Annual report of the Punjab Veterinary College and of the Civil Veterinary Department, Punjab - 1894-1908
Year: 1894
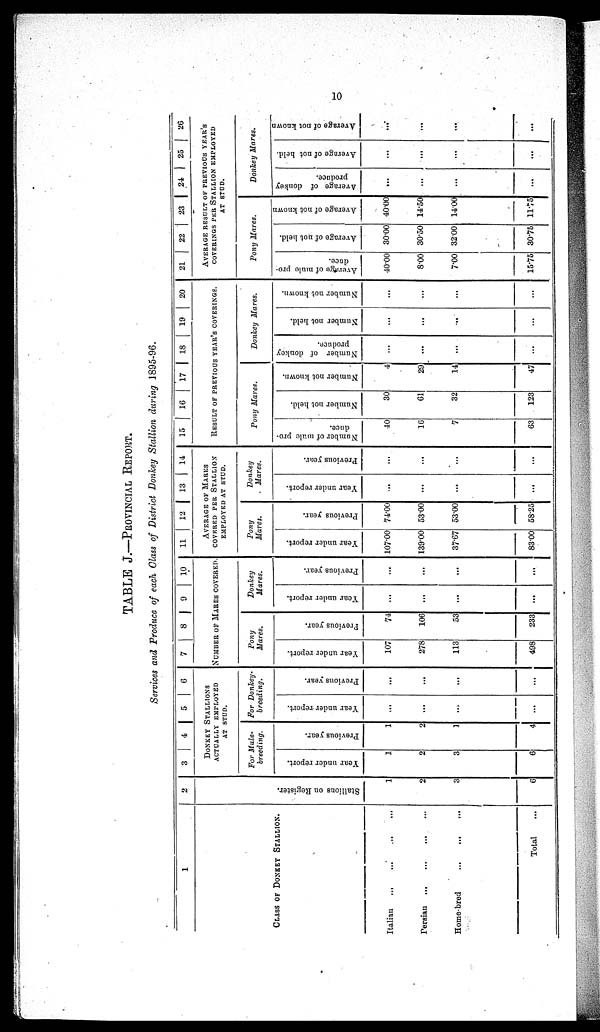
10
TABLE J.—PROVINCIAL REPORT.
Services and Produce of each Class of District Donkey Stallion during 1895-96.
1
CLASS OF DONKEY STALLION.
Italian
...
...
...
...
Persian ... ... ... ...
Home-bred
...
...
...
Total
2
3
4 5 6
DONKEY STALLIONS
ACTUALLY EMPLOYED
AT STUD.
Stallions on Register.
1
2
3
6
For Mule-
breeding.
Year under report.
1
2
3
6
Previous year.
1
2
1
4
For Donkey-
breeding.
Year under report.
...
...
...
...
Previous year.
...
...
...
...
7
8 9
10
NUMBER OF MARES COVERED.
Pony
Mares.
Year under report.
107
278
113
498
Previous year.
74
106
53
233
Donkey
Mares.
Year under report.
...
...
...
...
Previous year.
...
...
...
...
11
12 13 14
AVERAGE OF MARES
COVERED PER STALLION
EMPLOYED AT STUD.
Pony
Mares.
Year under report.
107.00
139.00
37.67
83.00
Previous year.
74.00
53.00
53.00
58.25
Donkey
Mares.
Year under report.
...
...
...
...
Previous year.
...
...
...
...
15
16
17
18
19
20
RESULT OF PREVIOUS YEAR'S COVERINGS.
Pony Mares.
Number of male pro-
duce.
40
16
7
63
Number not held.
30
61
32
123
Number not known.
4
29
14
47
Donkey Mares.
Number of donkey
produce.
...
...
...
...
Number not held.
...
...
...
...
Number not known.
...
...
...
...
21
22
23
24
25
26
AVERAGE RESULT OF PREVIOUS YEAR'S
COVERINGS PER STALLION EMPLOYED
AT STUD.
Pony Mares.
Average of mule pro-
duce.
40.00
8.00
7.00
15.75
Average of not held.
30.00
30.50
3200
30.75
Average of not known
40.00
14.50
14.00
11.75
Donkey Mares.
Average of donkey
produce.
...
...
...
...
Average of not held.
...
...
...
...
Average of not known
...
...
...
...